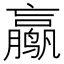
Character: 𱊮